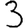
Digit: 3